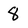
Character: 8